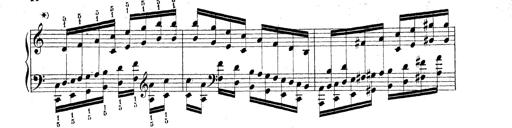
Title: Technische Studien
Composer: Franz Liszt